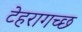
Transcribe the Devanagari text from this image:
टेहरागच्छ